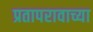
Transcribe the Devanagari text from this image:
प्रतापरावाच्या